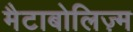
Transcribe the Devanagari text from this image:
मैटाबोलिज़्म